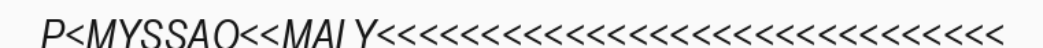
P<MYSSAO<<MALY<<<<<<<<<<<<<<<<<<<<<<<<<<<<<<